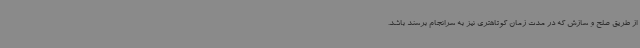
از طریق صلح و سازش که در مدت زمان کوتاهتری نیز به سرانجام برسند باشد.